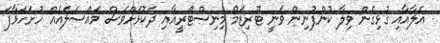
އެލާއާއި ގުޅިގެން ވިލާ ކުންފުނިން ވަނީ ޓޫރިޒަމް މިނިސްޓްރީއާއި ދެކޮޅަށްވެސް މައްސަލައެއް ހުށަހަޅާފަ